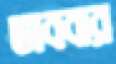
ভাববার